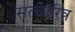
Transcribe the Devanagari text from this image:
सत्चारित्र